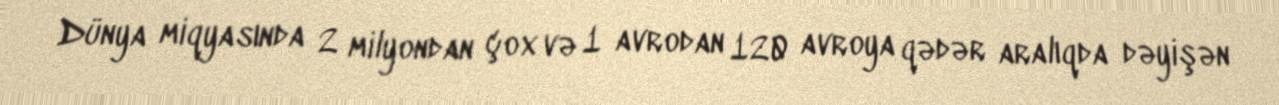
Dünya miqyasında 2 milyondan çox və 1 avrodan 120 avroya qədər aralıqda dəyişən